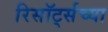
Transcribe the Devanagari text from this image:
रिसॉर्ट्सच्या